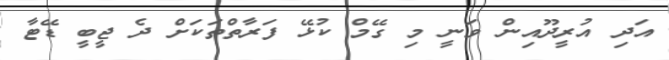
އަދި އުރީދޫއިން ވަނީ މި ގޭމް ކުޅޭ ފަރާތްތަކަށް ދެ ޖީބީ ޑޭޓާ